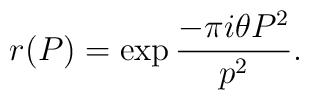
r(P) = \exp{ \frac{- \pi i \theta P^2}{p^2}}.